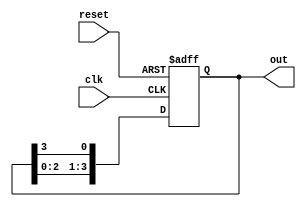
module ring_counter #(
    parameter N = 4  // Number of stages (flip-flops)
) (
    input wire clk,           // Clock signal
    input wire reset,         // Asynchronous reset signal
    output reg [N-1:0] out    // Output of the ring counter
);

    // Initial state
    initial begin
        out = 1'b1;  // Start with the first flip-flop set to '1'
    end

    always @(posedge clk or posedge reset) begin
        if (reset) begin
            out <= 1'b1;  // Reset to initial state
        end else begin
            out <= {out[N-2:0], out[N-1]}; // Shift right
        end
    end

endmodule